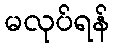
မလုပ်ရန်